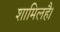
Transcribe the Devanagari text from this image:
शामिलहै।